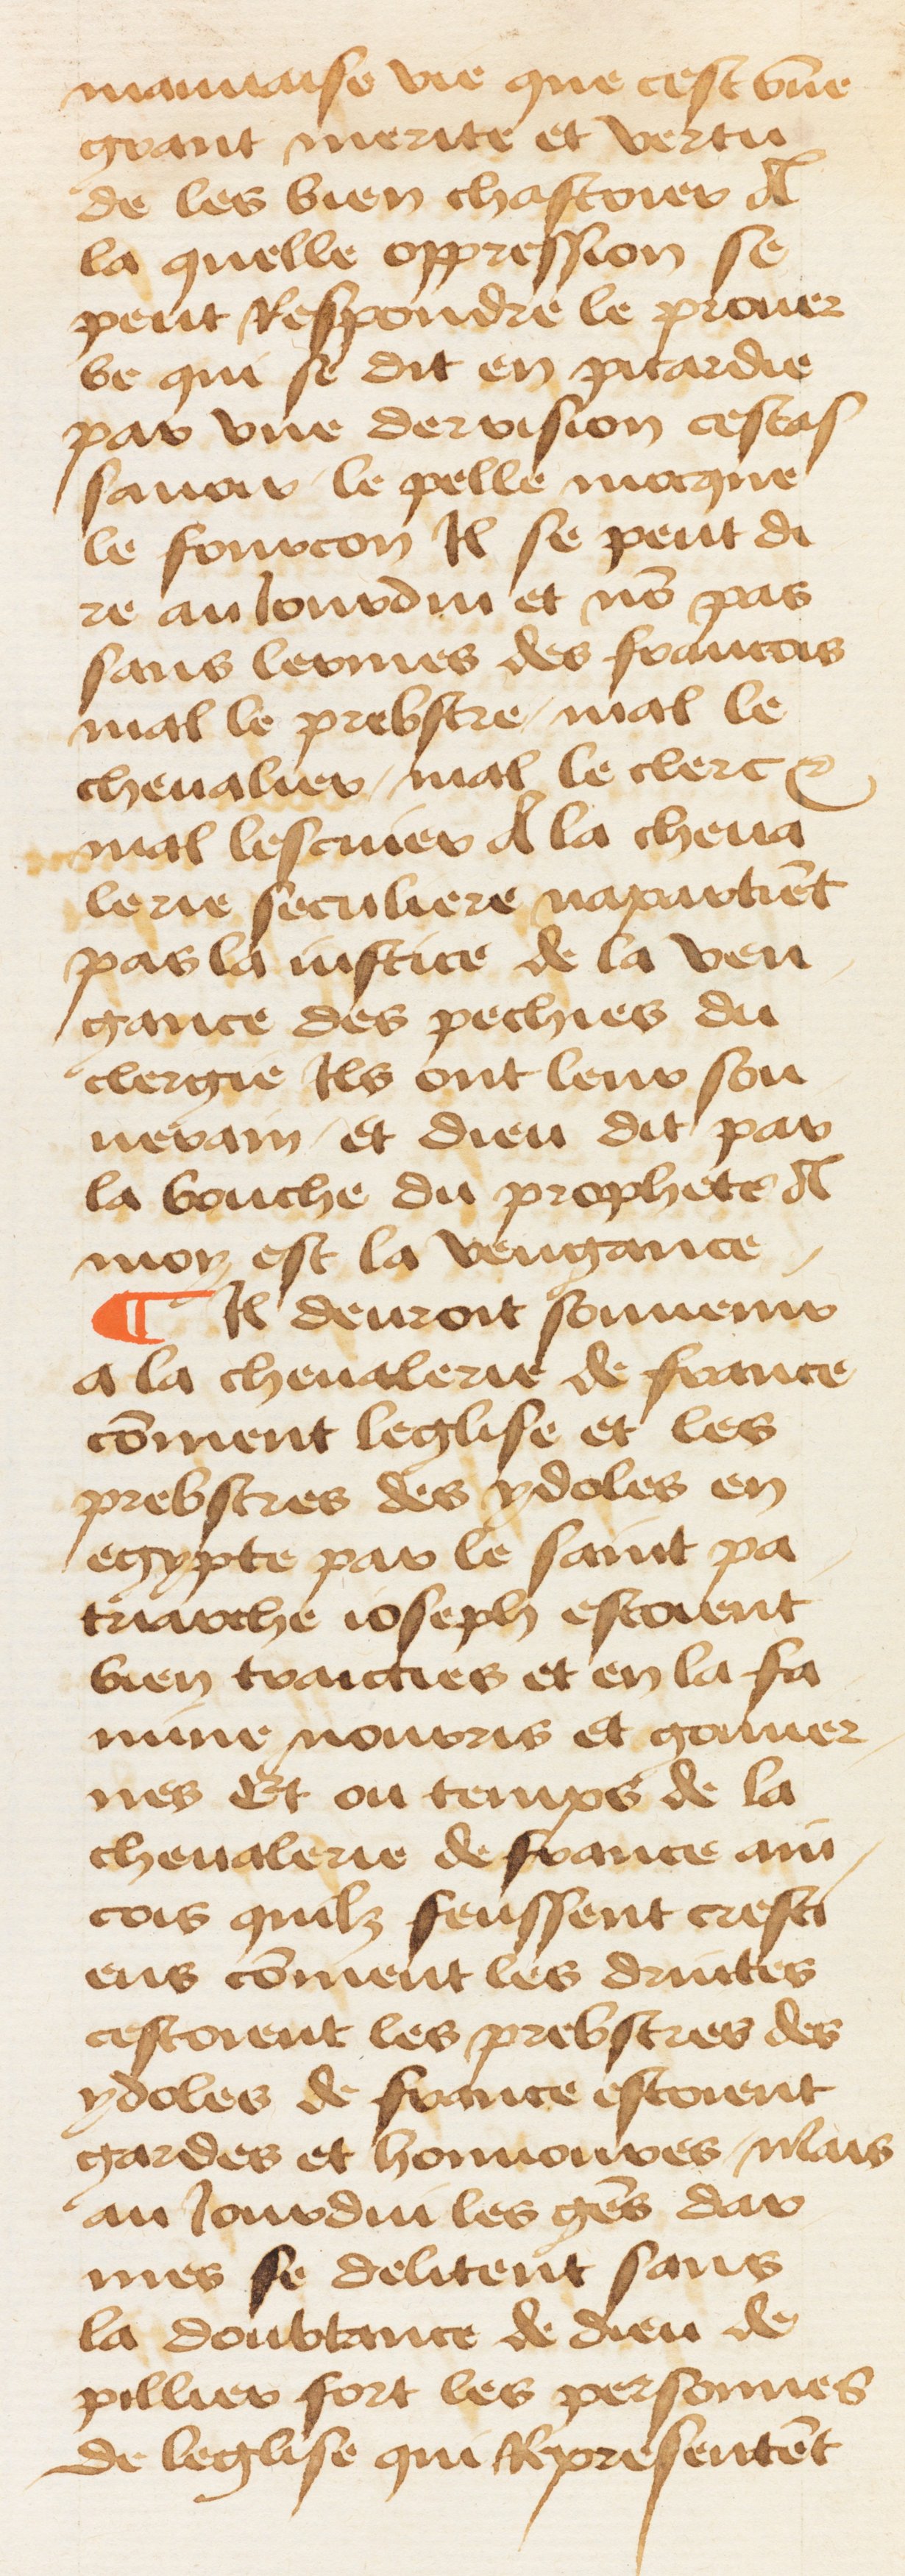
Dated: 1460–1470